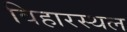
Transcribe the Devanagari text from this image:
विहारस्थल